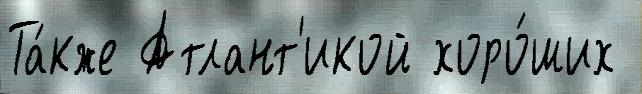
Та́кже Атлант'икой хоро́ших